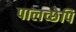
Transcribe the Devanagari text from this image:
पालच्छेपि